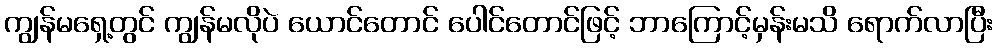
ကျွန်မရှေ့တွင် ကျွန်မလိုပဲ ယောင်တောင် ပေါင်တောင်ဖြင့် ဘာကြောင့်မှန်းမသိ ရောက်လာပြီး